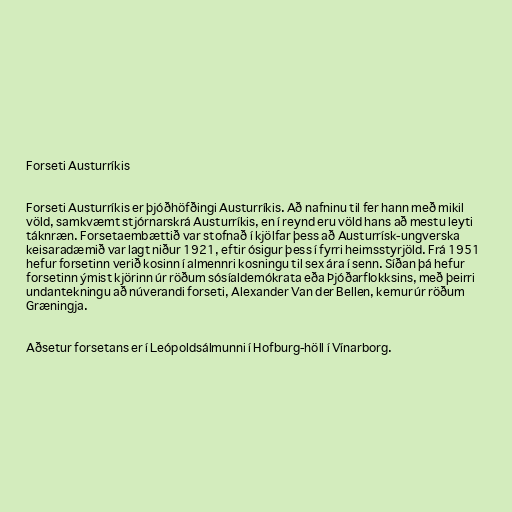
Forseti Austurríkis

Forseti Austurríkis er þjóðhöfðingi Austurríkis. Að nafninu til fer hann með mikil
völd, samkvæmt stjórnarskrá Austurríkis, en í reynd eru völd hans að mestu leyti
táknræn. Forsetaembættið var stofnað í kjölfar þess að Austurrísk-ungverska
keisaradæmið var lagt niður 1921, eftir ósigur þess í fyrri heimsstyrjöld. Frá 1951
hefur forsetinn verið kosinn í almennri kosningu til sex ára í senn. Síðan þá hefur
forsetinn ýmist kjörinn úr röðum sósíaldemókrata eða Þjóðarflokksins, með þeirri
undantekningu að núverandi forseti, Alexander Van der Bellen, kemur úr röðum
Græningja.

Aðsetur forsetans er í Leópoldsálmunni í Hofburg-höll í Vínarborg.